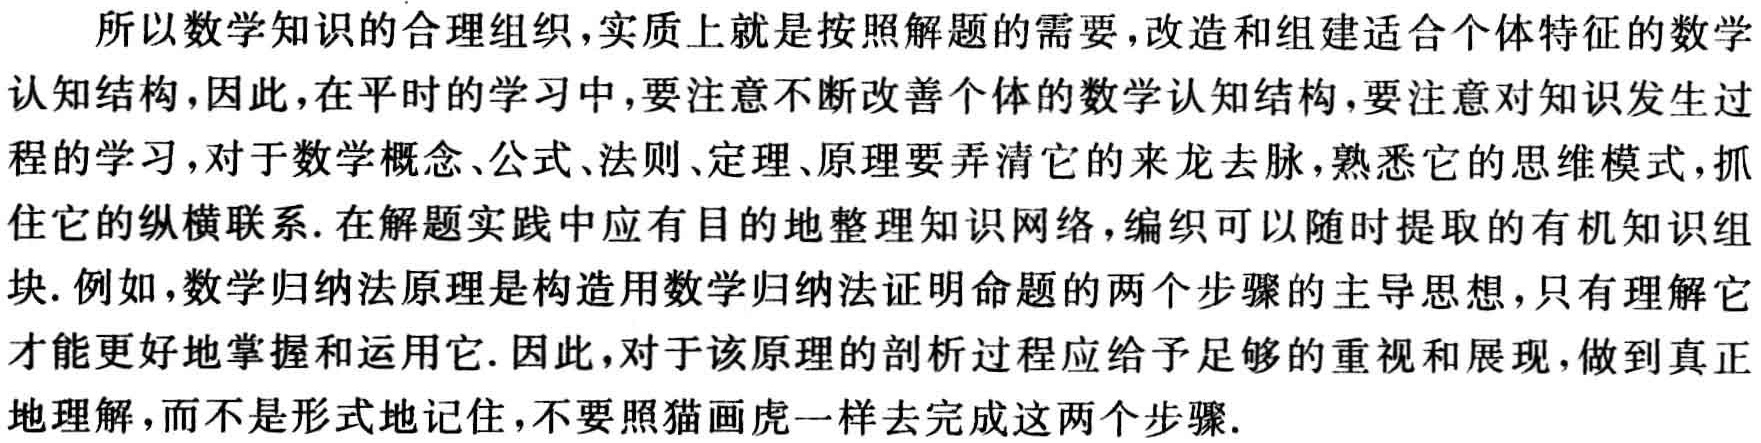
所以数学知识的合理组织,实质上就是按照解题的需要,改造和组建适合个体特征的数学

认知结构,因此,在平时的学习中,要注意不断改善个体的数学认知结构,要注意对知识发生过

程的学习,对于数学概念、公式、法则、定理、原理要弄清它的来龙去脉,熟悉它的思维模式,抓

住它的纵横联系. 在解题实践中应有目的地整理知识网络,编织可以随时提取的有机知识组

块. 例如,数学归纳法原理是构造用数学归纳法证明命题的两个步骤的主导思想,只有理解它

才能更好地掌握和运用它. 因此,对于该原理的剖析过程应给予足够的重视和展现,做到真正

地理解,而不是形式地记住,不要照猫画虎一样去完成这两个步骤.